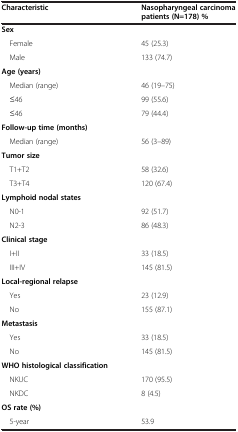
<table><thead><tr><td><b>Characteristic</b></td><td><b>Nasopharyngeal carcinoma patients (N=178) %</b></td></tr></thead><tbody><tr><td><b>Sex</b></td><td> </td></tr><tr><td> Female</td><td>45 (25.3)</td></tr><tr><td> Male</td><td>133 (74.7)</td></tr><tr><td><b>Age (years)</b></td><td> </td></tr><tr><td> Median (range)</td><td>46 (19–75)</td></tr><tr><td> ≤46</td><td>99 (55.6)</td></tr><tr><td> ≤46</td><td>79 (44.4)</td></tr><tr><td><b>Follow-up time (months)</b></td><td> </td></tr><tr><td> Median (range)</td><td>56 (3–89)</td></tr><tr><td><b>Tumor size</b></td><td> </td></tr><tr><td> T1+T2</td><td>58 (32.6)</td></tr><tr><td> T3+T4</td><td>120 (67.4)</td></tr><tr><td><b>Lymphoid nodal states</b></td><td> </td></tr><tr><td> N0-1</td><td>92 (51.7)</td></tr><tr><td> N2-3</td><td>86 (48.3)</td></tr><tr><td><b>Clinical stage</b></td><td> </td></tr><tr><td> I+II</td><td>33 (18.5)</td></tr><tr><td> III+IV</td><td>145 (81.5)</td></tr><tr><td><b>Local-regional relapse</b></td><td> </td></tr><tr><td> Yes</td><td>23 (12.9)</td></tr><tr><td> No</td><td>155 (87.1)</td></tr><tr><td><b>Metastasis</b></td><td> </td></tr><tr><td> Yes</td><td>33 (18.5)</td></tr><tr><td> No</td><td>145 (81.5)</td></tr><tr><td><b>WHO histological classification</b></td><td> </td></tr><tr><td> NKUC</td><td>170 (95.5)</td></tr><tr><td> NKDC</td><td>8 (4.5)</td></tr><tr><td><b>OS rate (%)</b></td><td> </td></tr><tr><td> 5-year</td><td>53.9</td></tr></tbody></table>